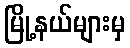
မြို့နယ်များမှ